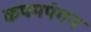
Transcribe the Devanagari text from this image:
कपमपंगन